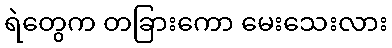
ရဲတွေက တခြားကော မေးသေးလား